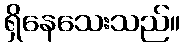
ရှိနေသေးသည်။